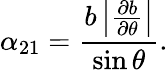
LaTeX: \alpha_{21}=\frac{b\left|\frac{\partial b}{\partial\theta}\right|}{\sin\theta}.